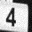
Digit: 4